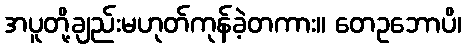
အပူတို့ချည်းမဟုတ်ကုန်ခဲ့တကား။ တေဥဘောပိ၊